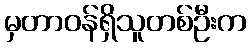
မှတာဝန်ရှိသူတစ်ဦးက